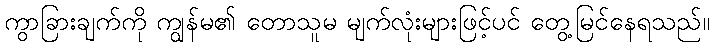
ကွာခြားချက်ကို ကျွန်မ၏ တောသူမ မျက်လုံးများဖြင့်ပင် တွေ့မြင်နေရသည်။